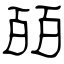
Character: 皕